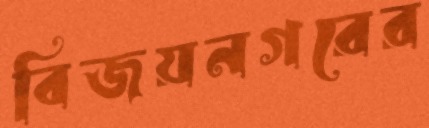
বিজয়নগরের